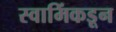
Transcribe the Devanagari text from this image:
स्वामिंकडून